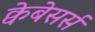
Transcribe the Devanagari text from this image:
क्वेबेसर्स